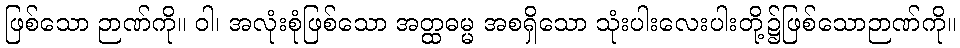
ဖြစ်သော ဉာဏ်ကို။ ဝါ၊ အလုံးစုံဖြစ်သော အတ္ထဓမ္မ အစရှိသော သုံးပါးလေးပါးတို့၌ဖြစ်သောဉာဏ်ကို။